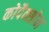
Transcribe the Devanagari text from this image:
कोपैक्सोन